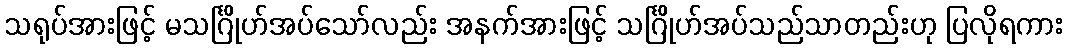
သရုပ်အားဖြင့် မသင်္ဂြိုဟ်အပ်သော်လည်း အနက်အားဖြင့် သင်္ဂြိုဟ်အပ်သည်သာတည်းဟု ပြလိုရကား